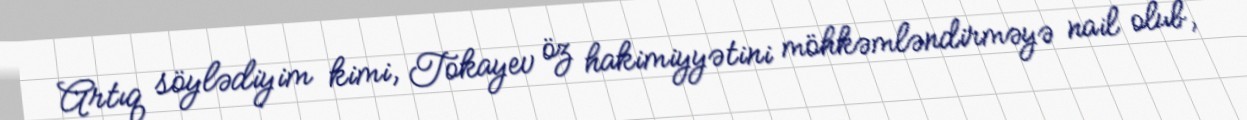
Artıq söylədiyim kimi, Tokayev öz hakimiyyətini möhkəmləndirməyə nail olub,